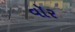
વૉર